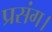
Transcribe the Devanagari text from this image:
प्रसंग।